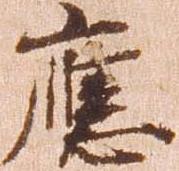
応